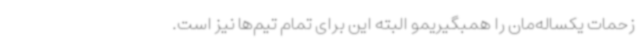
زحمات یکساله‌مان را همبگیریمو البته این برای تمام تیم‌ها نیز است.